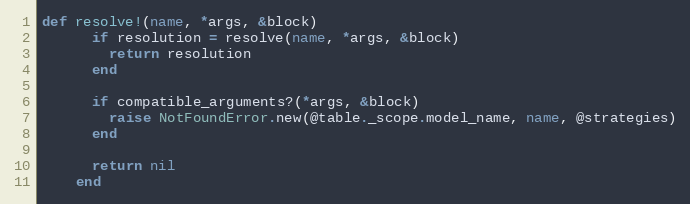
Language: Ruby
def resolve!(name, *args, &block)
      if resolution = resolve(name, *args, &block)
        return resolution
      end

      if compatible_arguments?(*args, &block)
        raise NotFoundError.new(@table._scope.model_name, name, @strategies)
      end

      return nil
    end